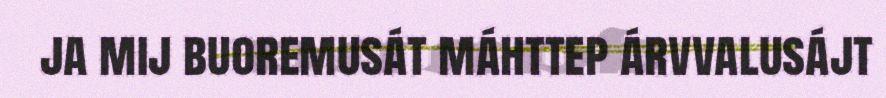
ja mij buoremusát máhttep árvvalusájt